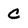
Character: C